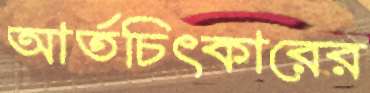
আর্তচিৎকারের